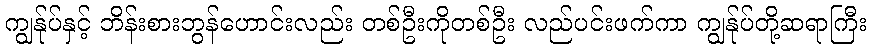
ကျွန်ုပ်နှင့် ဘိန်းစားဘွန်ဟောင်းလည်း တစ်ဦးကိုတစ်ဦး လည်ပင်းဖက်ကာ ကျွန်ုပ်တို့ဆရာကြီး